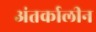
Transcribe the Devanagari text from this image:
अंतर्कालीन